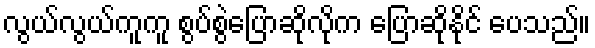
လွယ်လွယ်ကူကူ စွပ်စွဲပြောဆိုလိုက ပြောဆိုနိုင် ပေသည်။